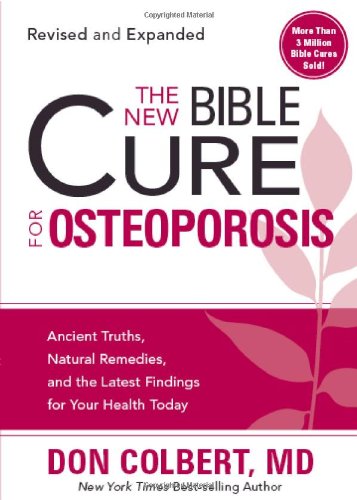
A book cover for The New Bible Cure For Osteoporosis: Ancient Truths, Natural Remedies, and the Latest Findings for Your Health Today (New Bible Cure (Siloam)); Don Colbert MD; Health, Fitness & Dieting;